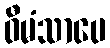
ဝီမံသာပေ